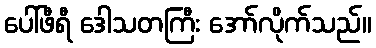
ပေါ်ဖီရီ ဒေါသတကြီး အော်လိုက်သည်။